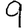
Digit: 9